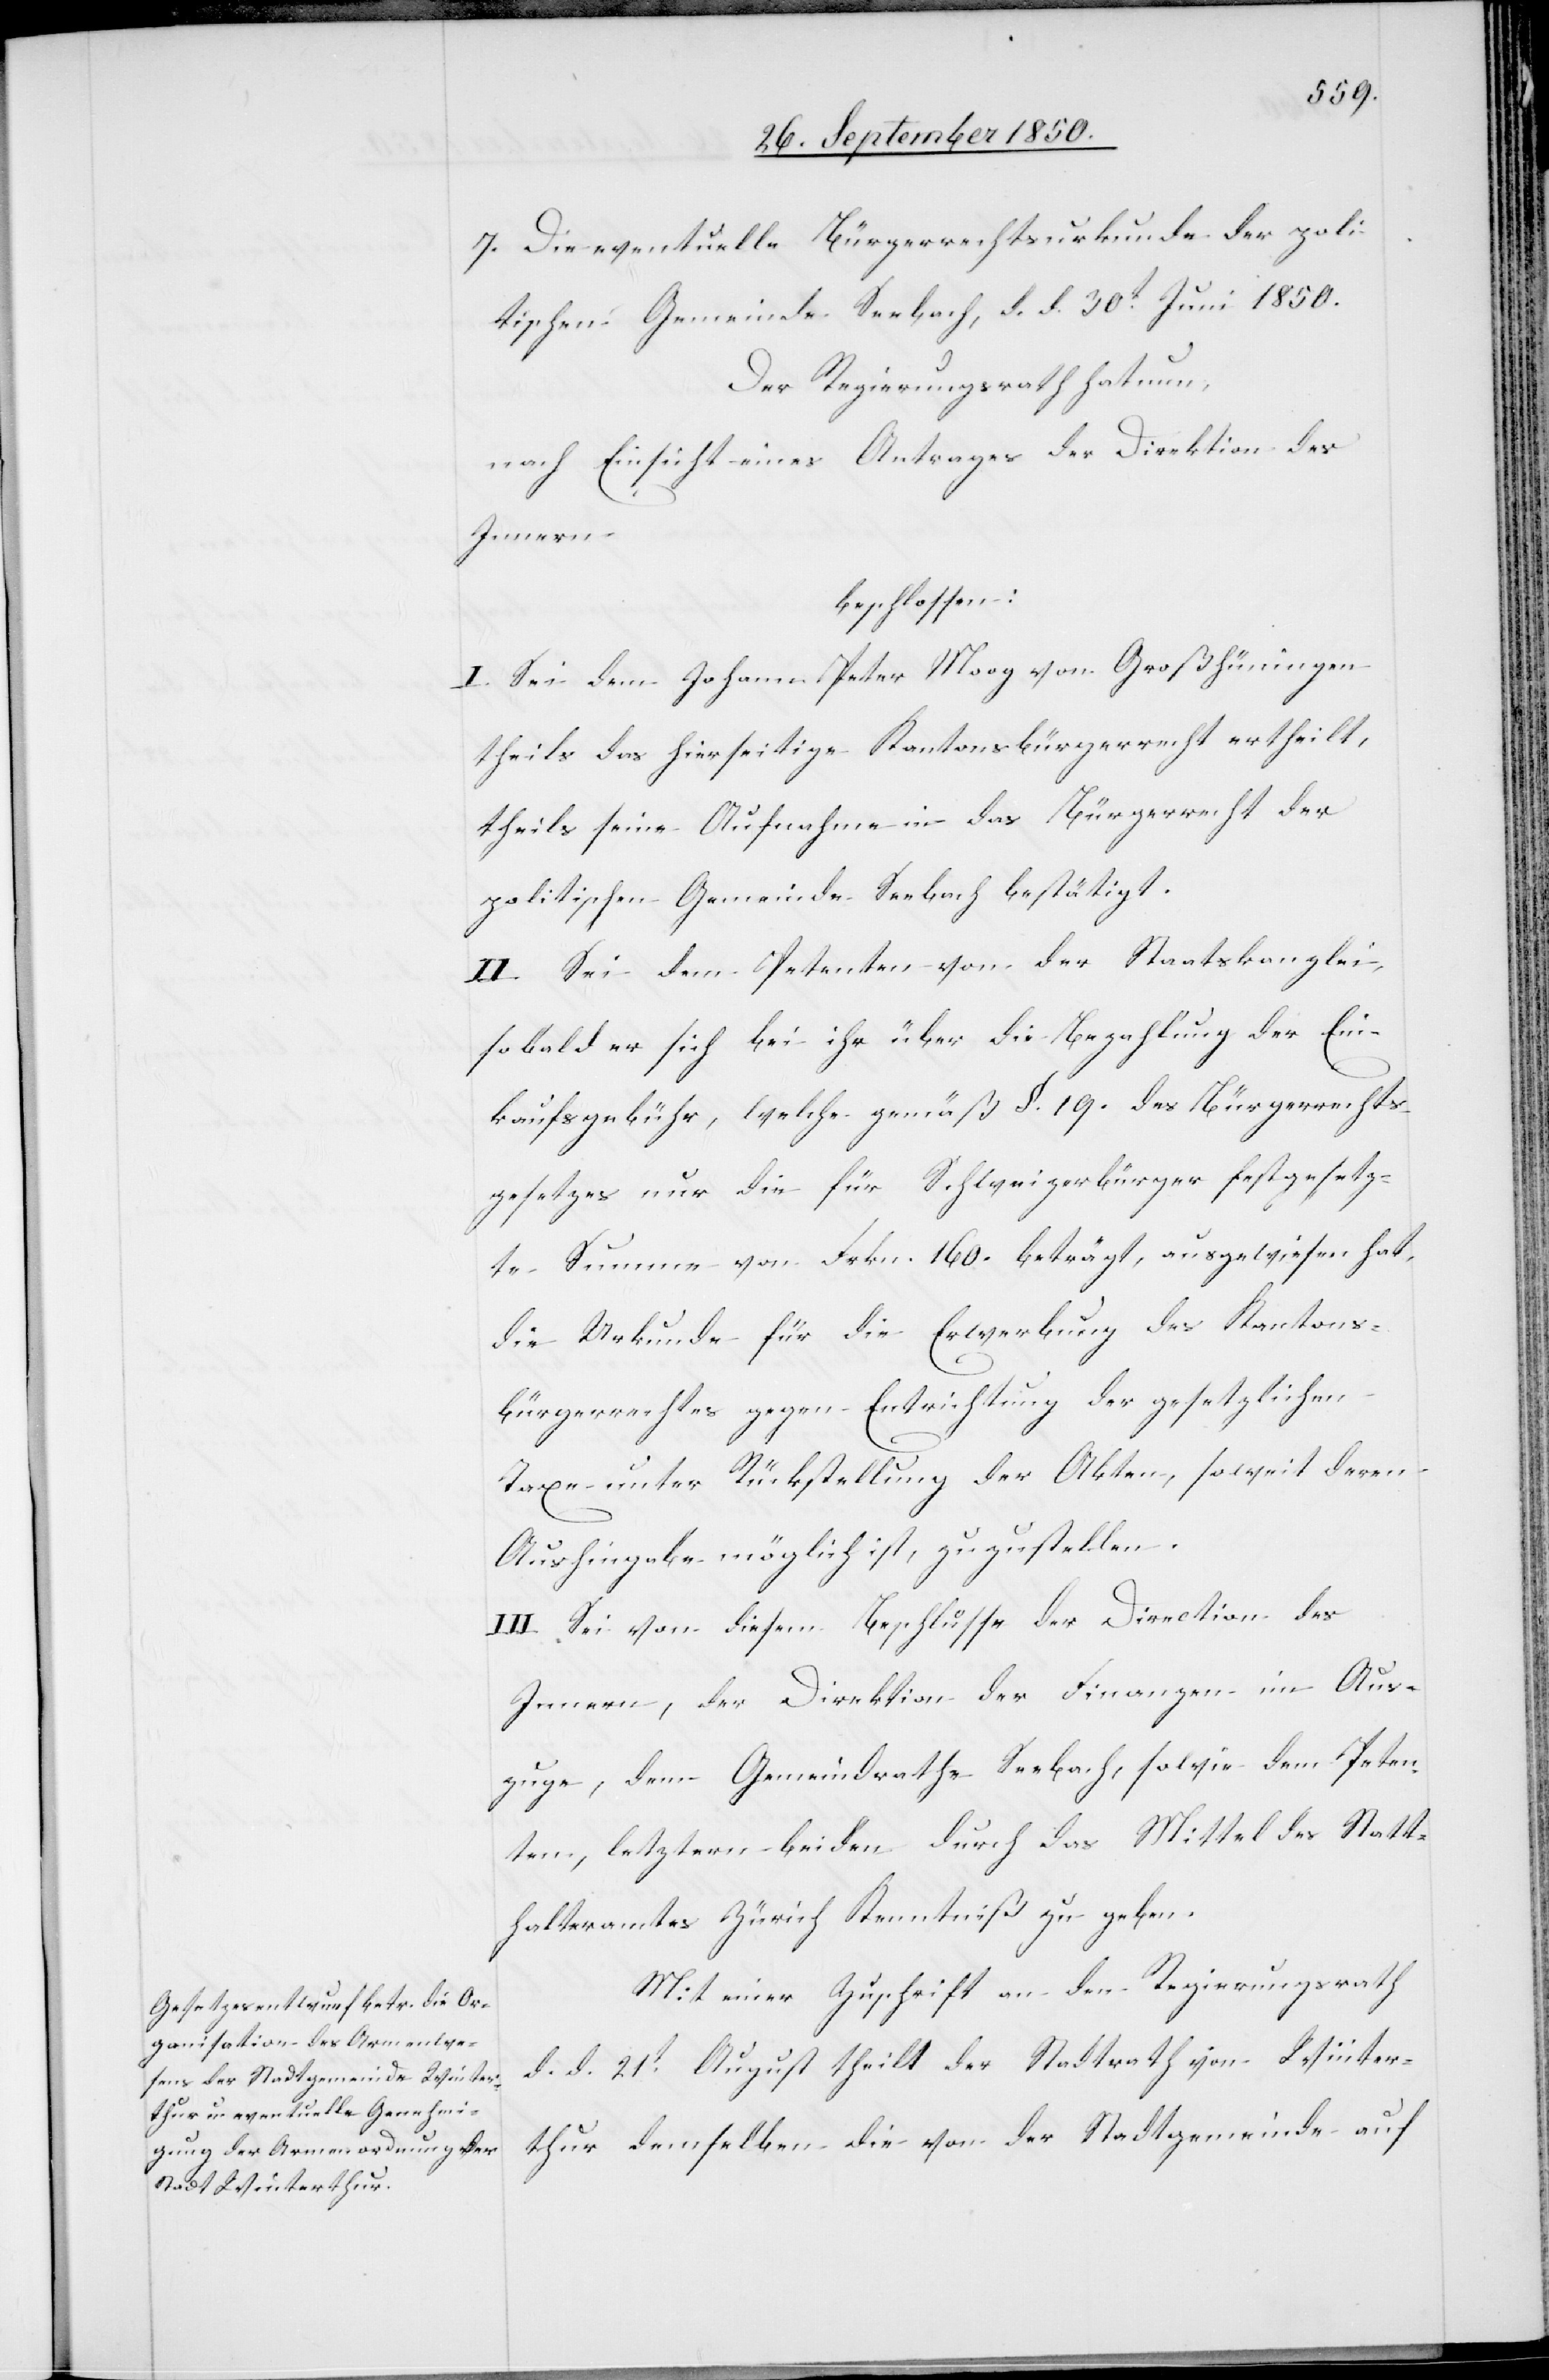
7. Die eventuelle Bürgerrechtsurkunde der poli¬
tischen Gemeinde Seebach, d. d. 30t Juni 1850.
Der Regierungsrath hat nun,
nach Einsicht eines Antrages der Direktion des
Innern
beschlossen:
I. Sei dem Johann Peter Moog von Großhüningen
theils das hierseitige Kantonsbürgerrecht ertheilt,
theils seine Aufnahme in das Bürgerrecht der
politischen Gemeinde Seebach bestätigt.
II. Sei dem Petenten von der Staatskanzlei,
sobald er sich bei ihr über die Bezahlung der Ein¬
kaufsgebühr, welche gemäß §. 19. des Bürgerrechts¬
gesetzes nur die für Schweizerbürger festgesetz¬
te Summe von Frkn. 160. beträgt, ausgewiesen hat,
die Urkunde für die Erwerbung des Kantons¬
bürgerrechtes gegen Entrichtung der gesetzlichen
Taxe unter Rückstellung der Akten, soweit deren
Aushingabe möglich ist, zuzustellen.
III. Sei von diesem Beschlusse der Direction des
Innern, der Direktion der Finanzen im Aus¬
zuge, dem Gemeindrathe Seebach, sowie dem Peten¬
ten, letztern beiden durch das Mittel des Statt¬
halteramtes Zürich Kenntniß zu geben.
Mit einer Zuschrift an den Regierungsrath
d. d. 21t August theilt der Stadtrath von Winter¬
thur demselben die von der Stadtgemeinde auf